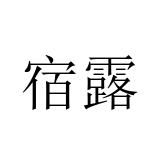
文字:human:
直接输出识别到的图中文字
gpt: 宿露